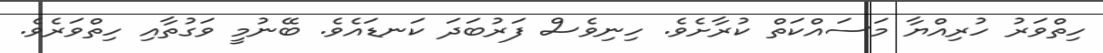
ހިތްވަރު ހުރިއްޔާ މަސައްކަތް ކުރާށެވެ. ހިނިވެސް ފަރުބަދަ ކަނޑައެވެ. ބޭނުމީ ވަގުތާއި ހިތްވަރެވެ.